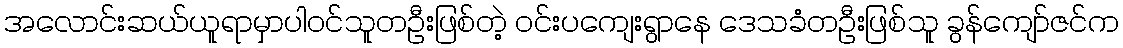
အလောင်းဆယ်ယူရာမှာပါဝင်သူတဦးဖြစ်တဲ့ ဝင်းပကျေးရွာနေ ဒေသခံတဦးဖြစ်သူ ခွန်ကျော်ဇင်က